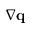
\nabla \mathbf q